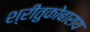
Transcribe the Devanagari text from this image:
श्रीतुकोबाराय